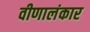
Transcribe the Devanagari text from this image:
वीणालंकार